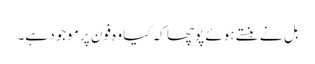
بل نے ہنستے ہوئے پوچھا کہ کیا وہ فون پر موجود ہے۔